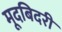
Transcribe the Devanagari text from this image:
मूदबिदरी